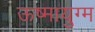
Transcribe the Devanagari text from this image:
ऊष्मायुग्म